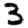
Digit: 3